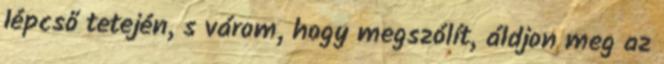
lépcső tetején, s várom, hogy megszólít, áldjon meg az